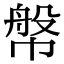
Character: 幋